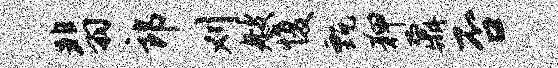
翡郎刈艘愎甄狎鼐否